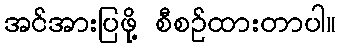
အင်အားပြဖို့ စီစဉ်ထားတာပါ။